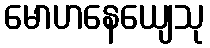
မောဟနေယျေသု